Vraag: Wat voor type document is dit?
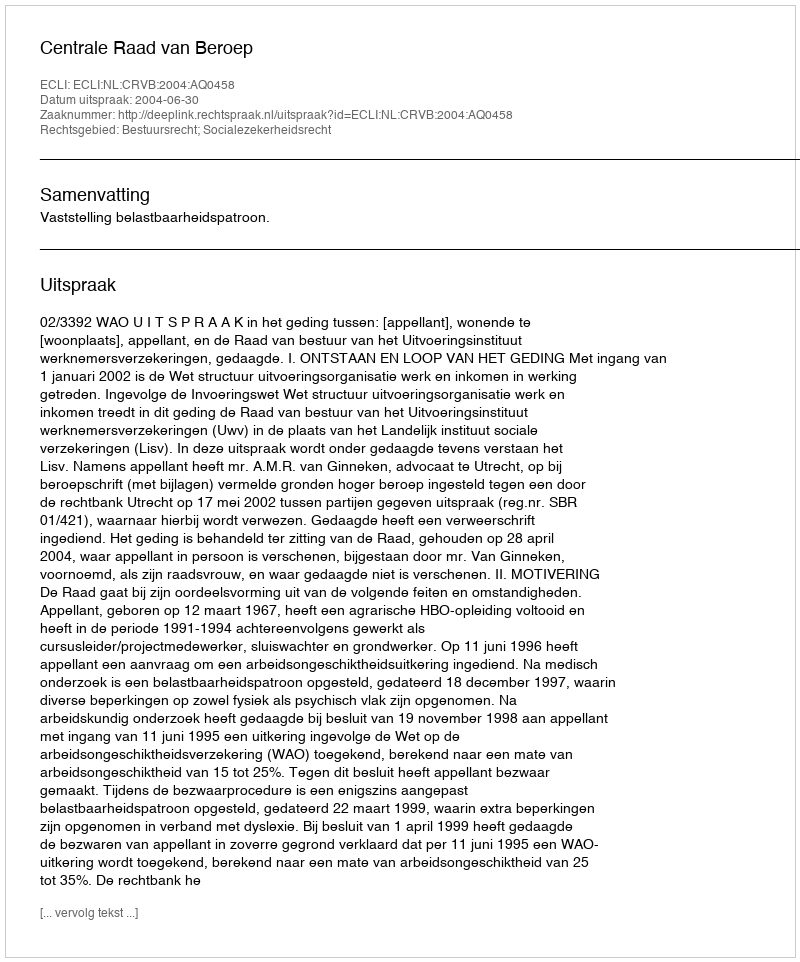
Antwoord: Uitspraak